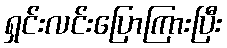
ရှင်းလင်းပြောကြားပြီး